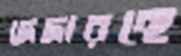
দেদারছে